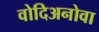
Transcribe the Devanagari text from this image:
वोदिअनोवा